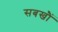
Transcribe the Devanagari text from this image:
सबखौं